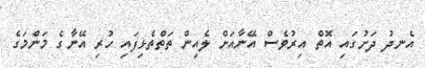
އެނދު ދަށުގައި އޮތް އިރުވެސް އޭނާއަށް ލެއިން ތަތްތެޅިފައި ހުރި އޭނާގެ މަންމަގެ